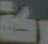
ركة